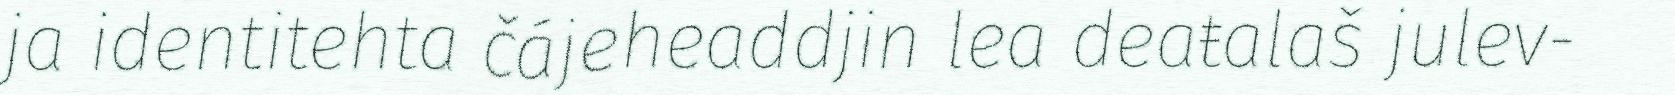
ja identitehta čájeheaddjin lea deaŧalaš julev-